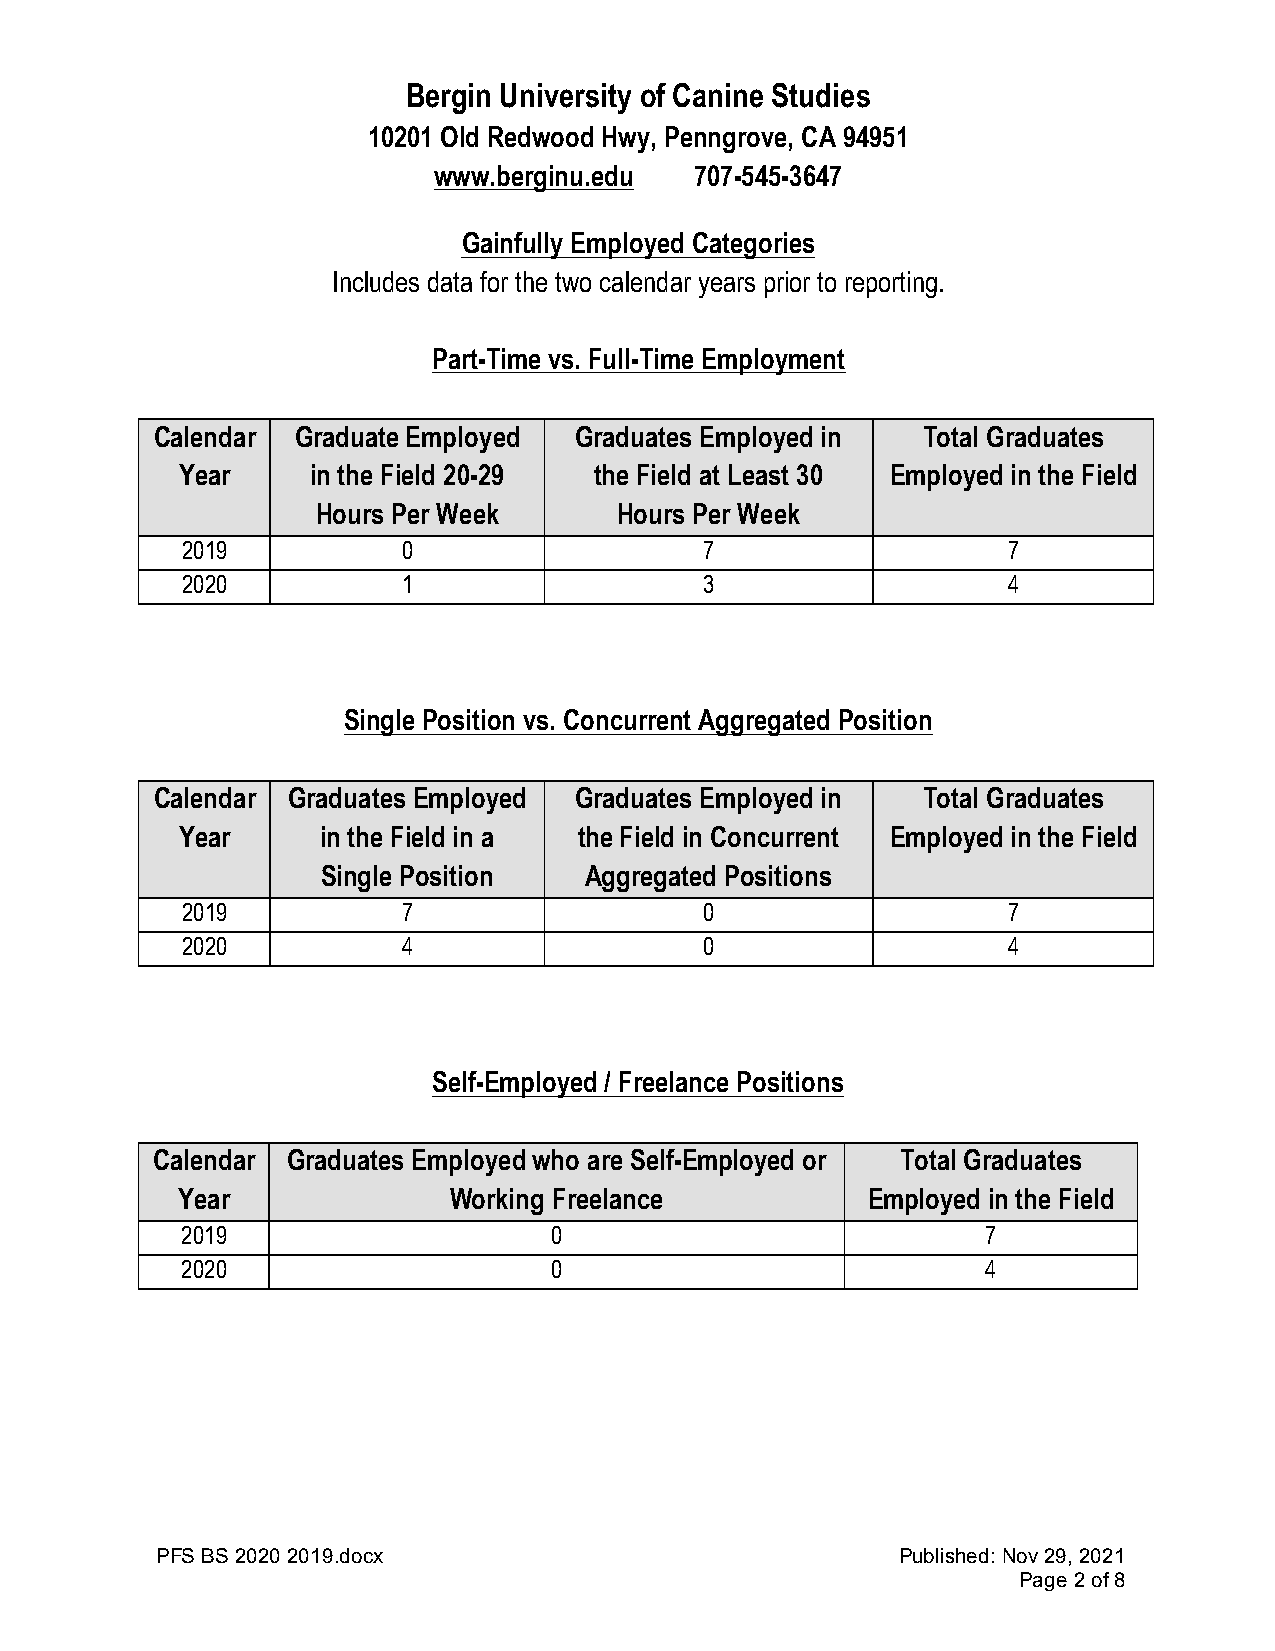
Bergin University of Canine Studies
 10201 Old Redwood Hwy, Penngrove, CA 94951
 www.berginu.edu  707-545-3647
 Gainfully Employed Categories
 Includes data for the two calendar years prior to reporting.
 Part-Time vs. Full-Time Employment
 Calendar  Graduate Employed Graduates Employed in  Total Graduates
 Year     in the Field 20-29 the Field at Least 30 Employed in the Field
 Hours Per Week      Hours Per Week
 2019           0                   7                   7
 2020           1                   3                   4
 Single Position vs. Concurrent Aggregated Position
 Calendar Graduates Employed Graduates Employed in  Total Graduates
 Year     in the Field in a the Field in Concurrent Employed in the Field
 Single Position   Aggregated Positions
 2019           7                   0                   7
 2020           4                   0                   4
 Self-Employed / Freelance Positions
 Calendar Graduates Employed who are Self-Employed or Total Graduates
 Year              Working Freelance          Employed in the Field
 2019                    0                            7
 2020                    0                            4
 PFS BS 2020 2019.docx                             Published: Nov 29, 2021
 Page 2 of 8